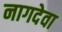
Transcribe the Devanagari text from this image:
नागदेवा